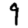
Digit: 9